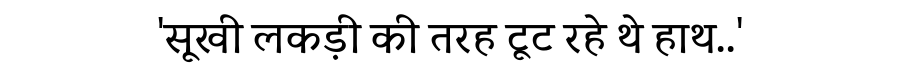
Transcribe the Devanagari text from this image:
'सूखी लकड़ी की तरह टूट रहे थे हाथ..'